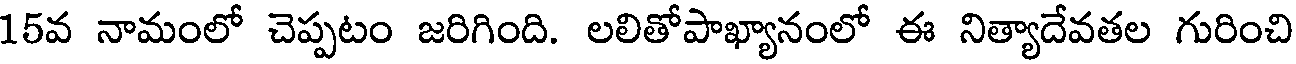
15వ నామంలో చెప్పటం జరిగింది. లలితోపాఖ్యానంలో ఈ నిత్యాదేవతల గురించి